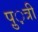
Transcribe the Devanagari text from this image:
पु़़त्री